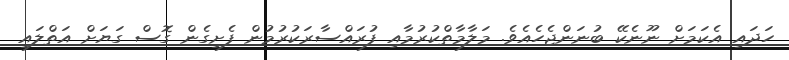
ހަދައި އެކަމަށް ނޫނެކޭ ބުނަންޖެހެއެވެ. މަލާމާތްކުރުމާއި ފުރައްސާރަކުރުމުން ފެށިގެން ގޮސް ގަޔަށް އަތްލައި